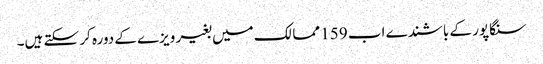
سنگاپور کے باشندے اب 159 ممالک میں بغیر ویزے کے دورہ کر سکتے ہیں۔